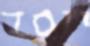
ייסד